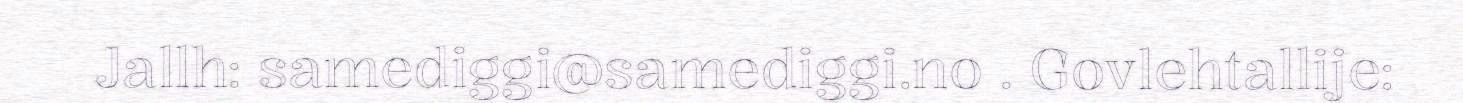
Jallh: samediggi@samediggi.no . Govlehtallije: